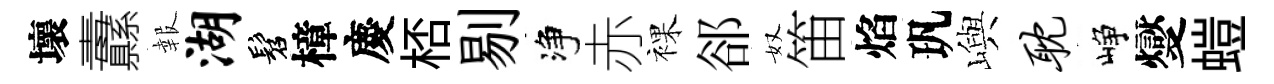
壞纛報湖髫樟慶桮剔净赤裸郤奴笛焰㺬嶼耽峥燮螘